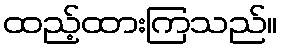
ထည့်ထားကြသည်။